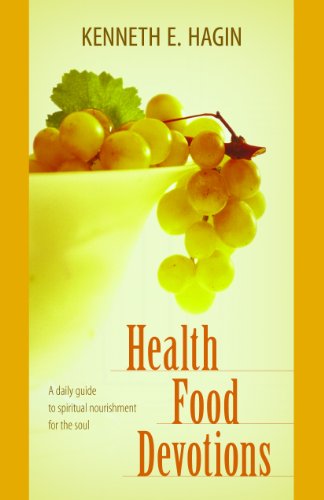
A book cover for Health Food Devotions; Kenneth E. Hagin; Cookbooks, Food & Wine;